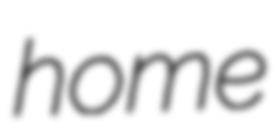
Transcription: home